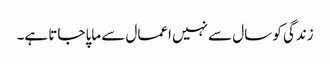
زندگی کو سال سے نہیں اعمال سے ماپا جاتا ہے۔